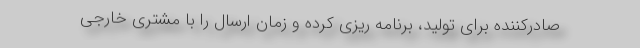
صادرکننده برای تولید، برنامه ریزی کرده و زمان ارسال را با مشتری خارجی